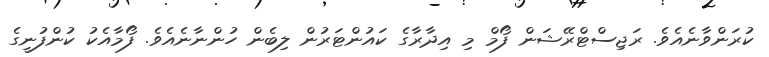
ކުރަންވާނެއެވެ. ރަޖިސްޓްރޭޝަން ފޯމް މި އިދާރާގެ ކައުންޓަރުން ލިބެން ހުންނާނެއެވެ. ފޯމާއެކު ކުންފުނީގެ